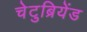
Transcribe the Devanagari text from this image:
चेटुब्रियेंड